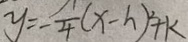
y = - \frac { 1 } { 4 } ( x - h ) ^ { 2 } + k